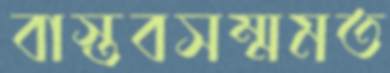
বাস্তবসম্মমত